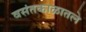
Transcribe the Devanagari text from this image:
वसंतकाळातले